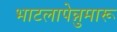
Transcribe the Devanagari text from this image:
भाटलापेन्नुमारू